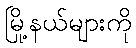
မြို့နယ်များကို